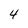
Character: 4